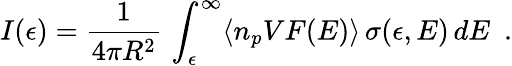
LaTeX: I(\epsilon)=\frac{1}{4\pi R^{2}}\, \int_{\epsilon}^{\infty}\langle n_{p}VF(E)\rangle\, \sigma(\epsilon,E)\, dE\, \, \, .